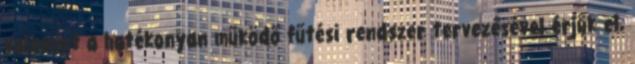
valamint a hatékonyan működő fűtési rendszer tervezésével érjük el,